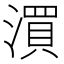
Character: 㵋